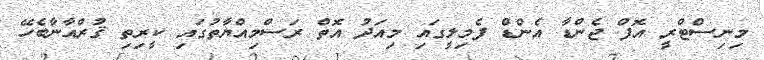
މިނިސްޓްރީ އޮފް ޖެންޑާ އެންޑް ފެމިލީގައި މިއަދު އޮތް ރަސްމިއްޔާތުގައި ކީރިތި ޤުރްއާނާބެހޭ